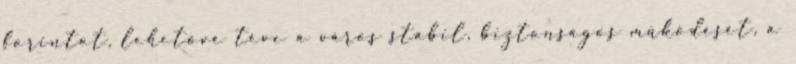
forintot, lehetővé téve a város stabil, biztonságos működését, a